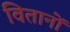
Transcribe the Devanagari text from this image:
वितानों